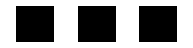
...